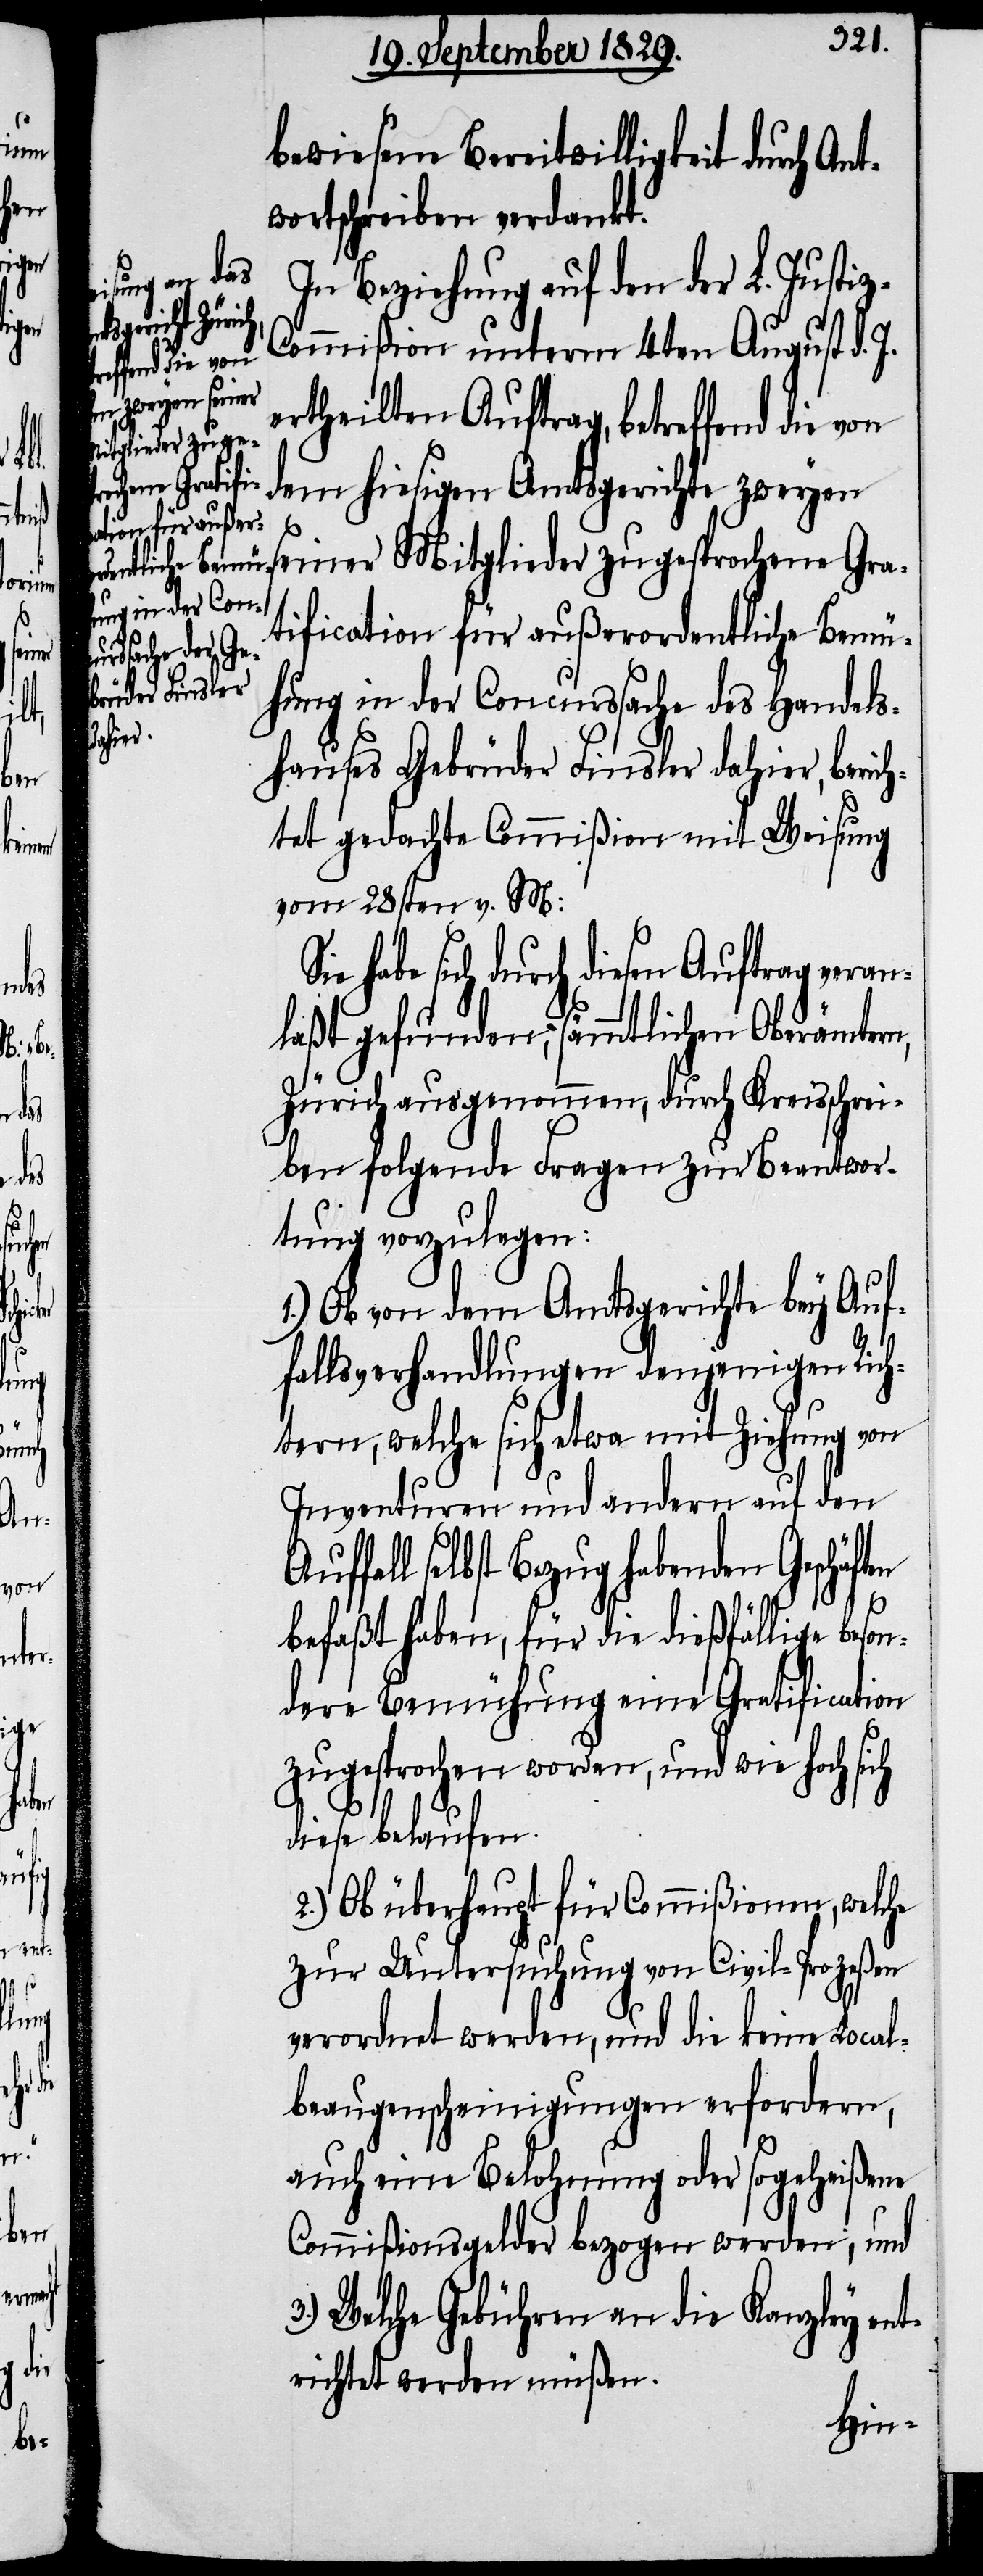
ten
son¬
z-C¬

bewiesene Bereitwilligkeit durch Ant¬
wortschreiben verdankt.
In Beziehung auf den der L. Justi¬
ommißion unterm 4ten August d. J.
ertheilten Auftrag, betreffend die von
dem hiesigen Amtsgerichte zweyen
seiner Mitglieder zugesprochene Gra¬
tification für außerordentliche Bemü¬
hung in der Concurssache des Handels¬
hauses Gebrüder Finsler dahier, berich¬
tet gedachte Commißion mit Weisung
vom 28sten v. M:
sich durch diesen Auftrag veran¬
laßt gefunden, sämmtlichen Oberämtern,
Zürich ausgenommen, durch Kreisschrei¬
ben folgende Fragen zur Beantwor¬
tung vorzulegen:
1.) Ob von dem Amtsgerichte bey Auf¬
fallsverhandlung denjenigen Rich¬
tern, welche sich etwa mit Ziehung von
Inventuren und andern auf den
ffall selbst Bezug habenden Geschäf¬
befaßt haben, für die dießfällige be¬
dere Bemühung eine Gratification
zugesprochen worden, und wie hoch sich
diese belaufe.
2.) Ob überhaupt für Commißionen, welche
zur Untersuchung von Civil-Prozeßen
verordnet werden, und die keine Local¬
beaugenscheinigungen erfordern,
auch eine Belohnung oder sogeheißene
Commißionsgelder bezogen werden; und
3.) Welche Gebühren an die Kanzley ent¬
richtet werden müßen.